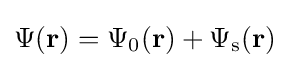
\Psi (\mathbf {r} )=\Psi _{0}(\mathbf {r} )+\Psi _{\text{s}}(\mathbf {r} )